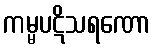
ကမ္မပဋိသရဏော